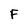
Character: F